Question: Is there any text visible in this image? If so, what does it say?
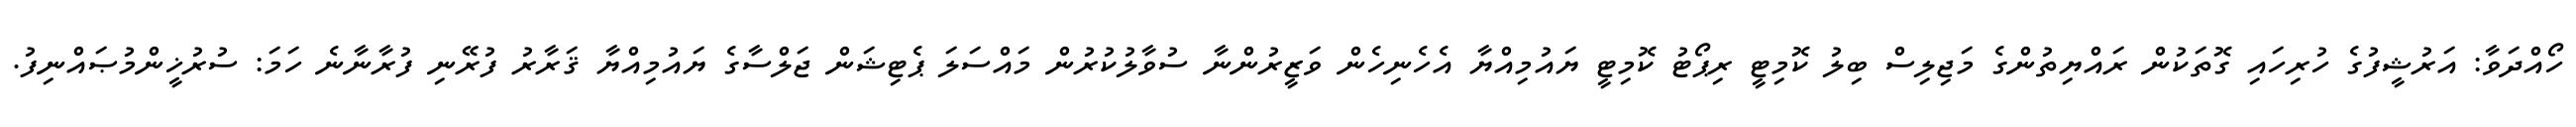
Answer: ހޯއްދަވާ: އަރުޝީފުގެ ހުރިހައި ގޮތަކުން ރައްޔިތުންގެ މަޖިލިސް ބިލު ކޮމިޓީ ރިޕޯޓު ކޮމިޓީ ޔައުމިއްޔާ އެހެނިހެން ވަޒީރުންނާ ސުވާލުކުރުން މައްސަލަ ޕެޓިޝަން ޖަލްސާގެ ޔައުމިއްޔާ ޤަރާރު ފުރޭނި ފުރާނާނެ ހަމަ: ސުރުޚީންމުޞައްނިފު.